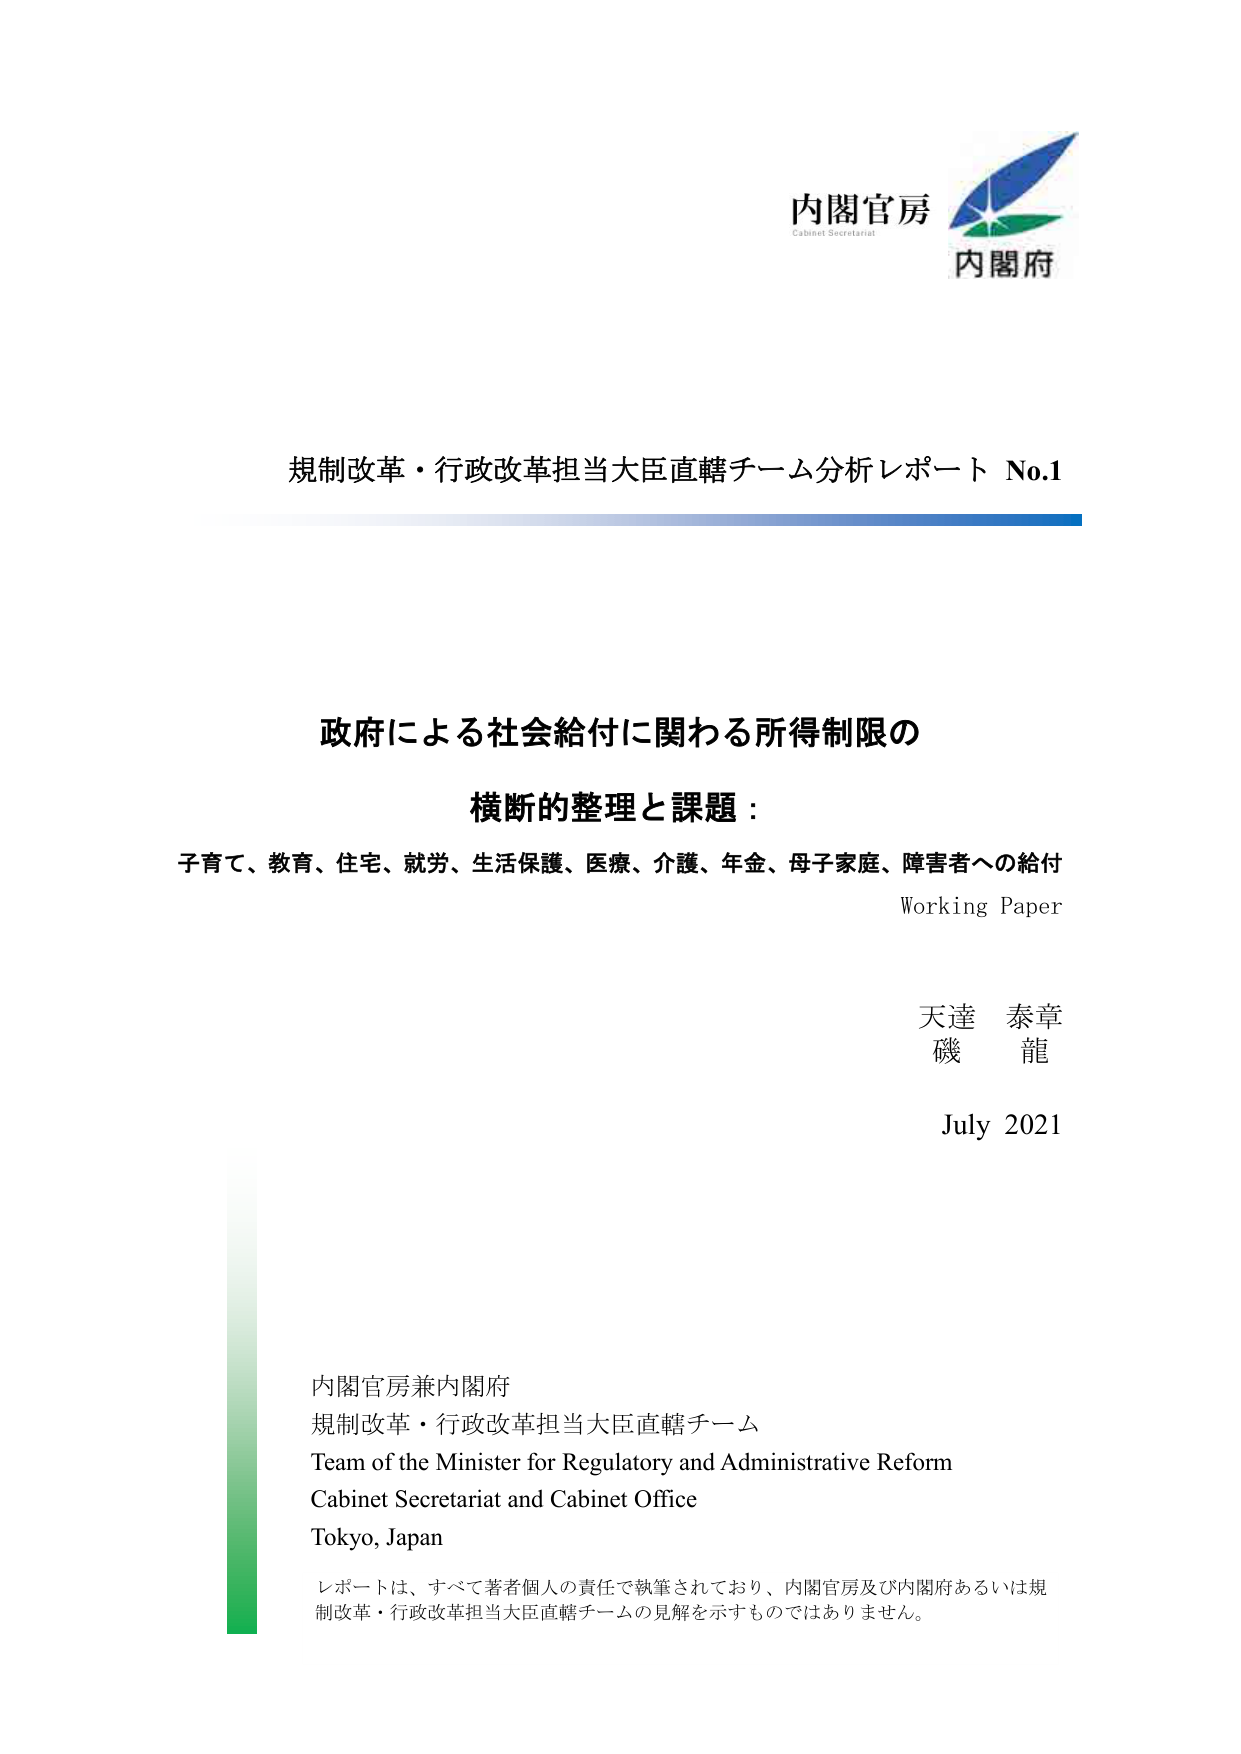
内閣官房
Cabinet Secretariat
内閣府

規制改革・行政改革担当大臣直轄チーム分析レポート No.1

政府による社会給付に関わる所得制限の
横断的整理と課題：
子育て、教育、住宅、就労、生活保護、医療、介護、年金、母子家庭、障害者への給付
Working Paper

天達 泰章
磯 龍

July 2021

内閣官房兼内閣府
規制改革・行政改革担当大臣直轄チーム
Team of the Minister for Regulatory and Administrative Reform
Cabinet Secretariat and Cabinet Office
Tokyo, Japan

レポートは、すべて著者個人の責任で執筆されており、内閣官房及び内閣府あるいは規制改革・行政改革担当大臣直轄チームの見解を示すものではありません。